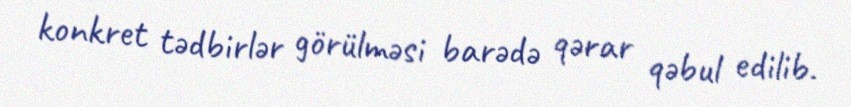
konkret tədbirlər görülməsi barədə qərar qəbul edilib.